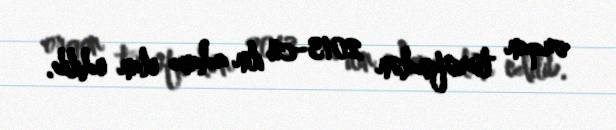
orqan tərəfindən 2013-cü ilin adamı elan edilib.